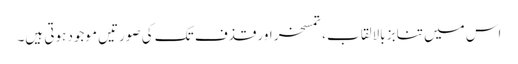
اس میں تنابز بالالقاب، تمسخر اور قذف تک کی صورتیں موجود ہوتی ہیں۔